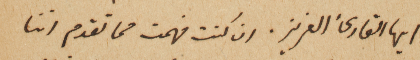
ايها القارىء العزيز. ان كنت فهمت مما تقدم اننا